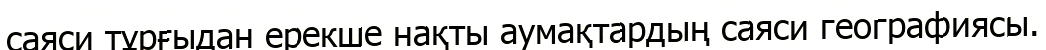
саяси тұрғыдан ерекше нақты аумақтардың саяси географиясы.